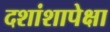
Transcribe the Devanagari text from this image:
दशांशापेक्षा